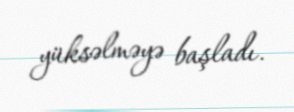
yüksəlməyə başladı.